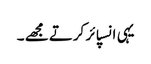
یہی انسپائر کرتے مجھے ۔